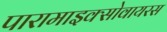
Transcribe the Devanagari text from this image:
पारामाइक्सोवायरस